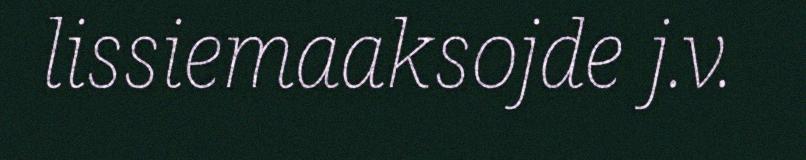
lissiemaaksojde j.v.